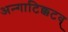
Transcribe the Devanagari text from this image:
अन्गाटिक्कटव्